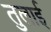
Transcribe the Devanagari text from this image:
तुलाई